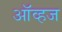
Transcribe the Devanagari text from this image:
ऑव्हज